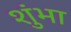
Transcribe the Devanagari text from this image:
शुंभा